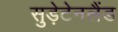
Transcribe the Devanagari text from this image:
सुड़ेटेनलैंड